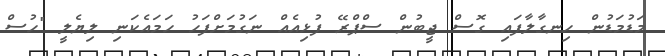
މަޑުމަޑުން ހިނގާލާފައި ގޮސް ޖީބުން ސްޕްރޭ ފުޅިއެއް ނަގުމަށްފަހު ހަމައެކަނި ލިޔެލީ "ހުސް